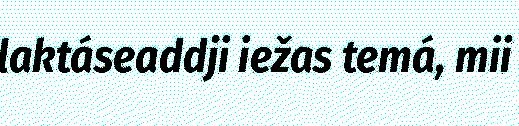
laktáseaddji iežas temá, mii